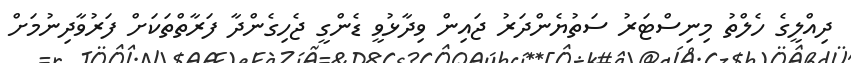
ދިއްލީގެ ހެލްތު މިނިސްޓަރު ސަތުޔެންދަރު ޖައިން ވިދާޅުވީ ޑެންގީ ޖެހިގެންދާ ފަރާތްތަކަށް ފަރުވާދިނުމަށް